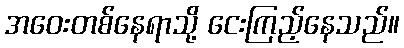
အဝေးတစ်နေရာသို့ ငေးကြည့်နေသည်။